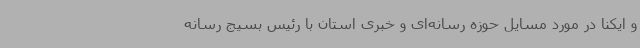
و ایکنا در مورد مسایل حوزه رسانه‌ای و خبری استان با رئیس بسیج رسانه